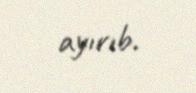
ayırıb.